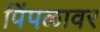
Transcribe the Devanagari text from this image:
पिंपळावर